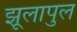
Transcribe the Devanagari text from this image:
झूलापुल